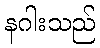
နဂါးသည်